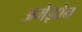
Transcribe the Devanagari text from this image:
अमेझोन